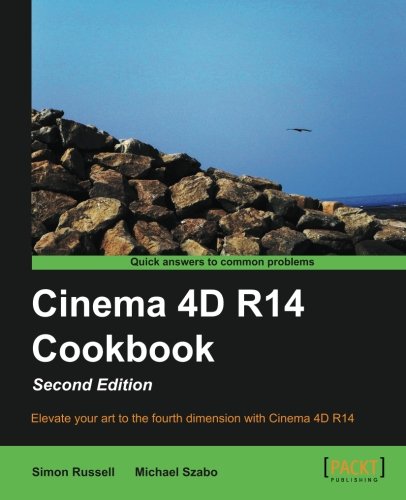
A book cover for Cinema 4D R14 Cookbook, 2nd Edition; Simon Russell; Computers & Technology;